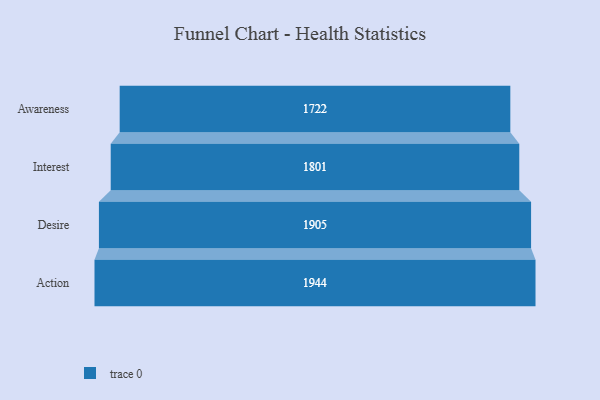
{"axis": {"x": "Stage", "y": "Value"}, "legend": [""], "data": [{"x": "Awareness", "y": 1722.0, "type": ""}, {"x": "Interest", "y": 1801.0, "type": ""}, {"x": "Desire", "y": 1905.0, "type": ""}, {"x": "Action", "y": 1944.0, "type": ""}]}